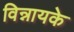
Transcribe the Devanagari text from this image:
विन्नायके